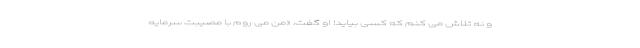
و نه تلاش می کنم که کسی بیاید! او گفت، «من می روم با مصیبت سرمایه